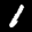
Label: 1